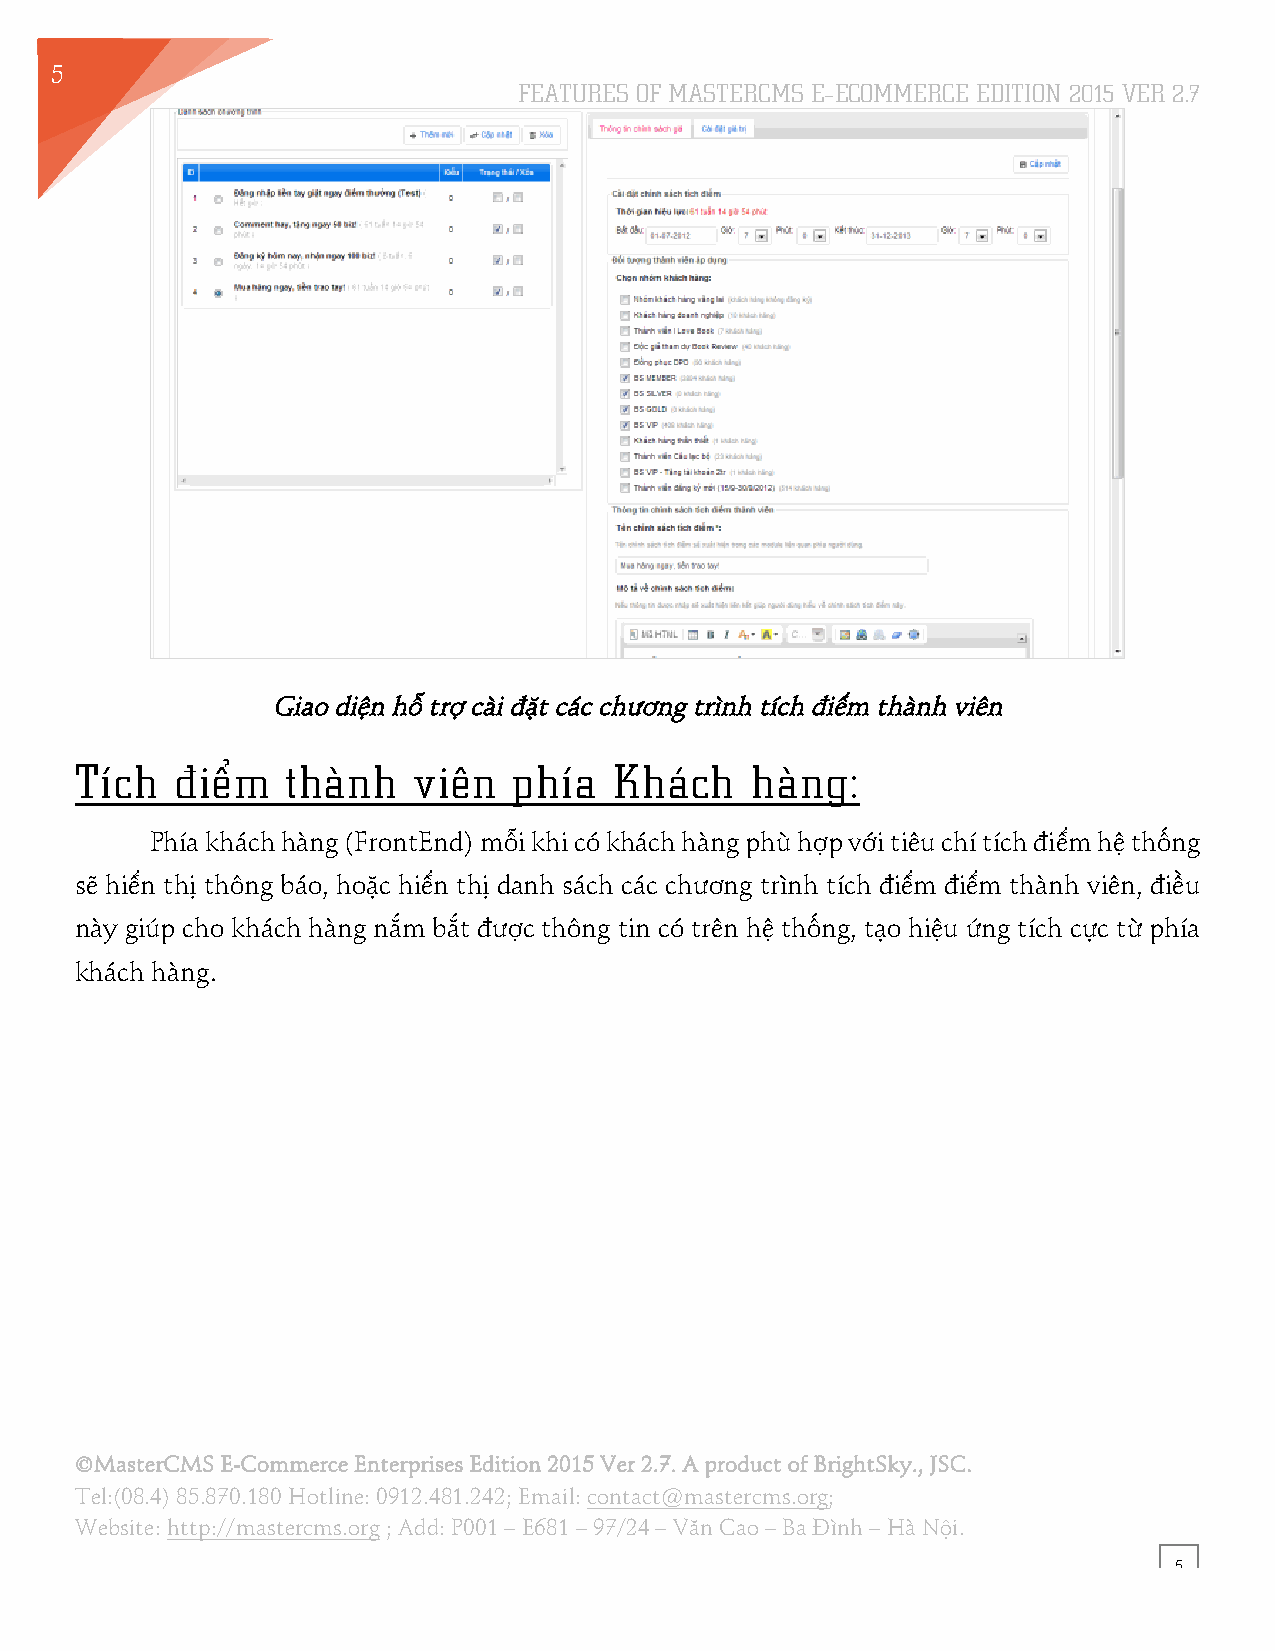
5
 FEATURES OF MASTERCMS E–ECOMMERCE EDITION 2015 VER 2.7
 7
 Giao diện hỗ trợ cài đặt các chương trình tích điểm thành viên
 Tích   điểm   thành   viên   phía   Khách    hàng:
 Phía khách hàng (FrontEnd) mỗi khi có khách hàng phù hợp với tiêu chí tích điểm hệ thống
 sẽ hiển thị thông báo, hoặc hiển thị danh sách các chương trình tích điểm điểm thành viên, điều
 này giúp cho khách hàng nắm bắt được thông tin có trên hệ thống, tạo hiệu ứng tích cực từ phía
 khách hàng.
 ©MasterCMS E-Commerce Enterprises Edition 2015 Ver 2.7. A product of BrightSky., JSC.
 Tel:(08.4) 85.870.180 Hotline: 0912.481.242; Email: contact@mastercms.org;
 Website: http://mastercms.org ; Add: P001 – E681 – 97/24 – Văn Cao – Ba Đình – Hà Nội.
 5